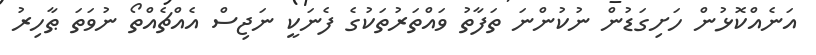
އަނެއްކޮޅުން ހަށިގަޑުން ނުކުންނަ ތަފާތު ވައްތަރުތަކުގެ ފެނަކީ ނަޖިސް އެއްޗެއްތޯ ނުވަތަ ޠާހިރު